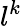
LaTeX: l^{k}